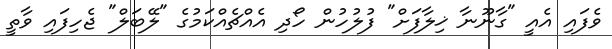
ވެފައި އެއީ "ގާނޫނާ ޚިލާފަށް" ފުލުހުން ހޯދި އެއްޗެއްކަމުގެ "ލޭބަލް" ޖެހިފައި ވާތީ